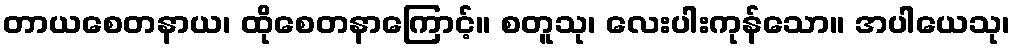
တာယစေတနာယ၊ ထိုစေတနာကြောင့်။ စတူသု၊ လေးပါးကုန်သော။ အပါယေသု၊